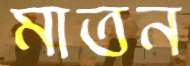
মাতন